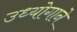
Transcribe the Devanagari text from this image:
उध्योगाने